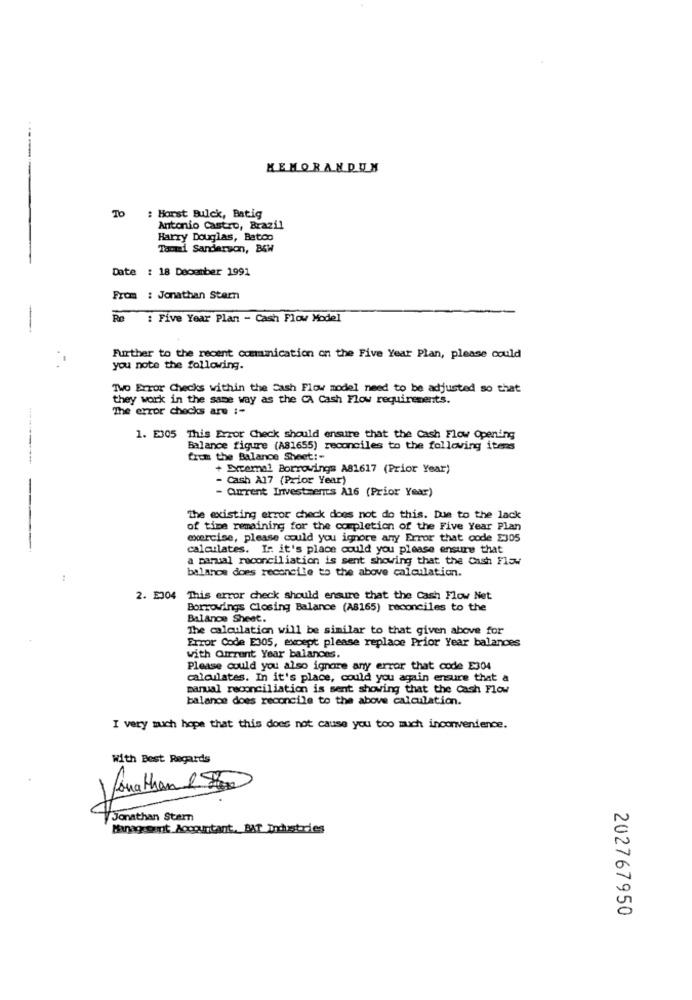
MEMORANDUM
To
: Horst Bulck, Batig
Antonio Castro, Brazil
Harry Douglas, Batco
Tammi Sanderson, B&W
Date : 18 December 1991
From : Jonathan Star
: Five Year Plan - Cash Flow Model
Further to the recent comunication on the Five Year Plan, please could
you note the following.
TWO Error Checks within the Cash Flow model need to be adjusted so that
they work in the same way as the CA Cash Flow requirements.
The error checks ane :-
1. E305 This Error Check should ensure that the Cash Flow Opening
Balance figure (A81655) reconciles to the following itens
-----------
from the Balance Sheet:"
+ Bxrcemal Borrowings A81617 (Prior Year)
- Cash A17 (Prior Year)
- Current Investments A16 (Prior Year)
--
The existing error check does not do this. Due to the lack
of time remaining for the completion of the Five Year Plan
exercise, please could you ignore any Error that code E305
calculates. I: it's place could you please ensure that
a manual reconciliation is sent showing that the Cash Flow
balance does reconcile to the above calculation.
2. E304 This error check should ensure that the Cash Flow Net
Borrowings Closing Balance (A8165) reconciles to the
Balance Sheet.
The calculation will be similar to that given above for
Error Code E305, except please replace Prior Year balances
with Current Year balances.
Please could you also ignore any error that code E304
calculates. In it's place, could you again ensure that a
manual reconciliation is sent showing that the cash Flow
balance does reconcile to the above calculation.
I very mich hope that this does not cause you too much inconvenience.
With Best Regards
Jonathan 1 8
Jonathan Stern
Management Accountant, BAT Industries
202767950